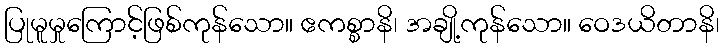
ပြုမူမှုကြောင့်ဖြစ်ကုန်သော။ ဧကစ္စာနိ၊ အချို့ကုန်သော။ ဝေဒယိတာနိ၊